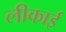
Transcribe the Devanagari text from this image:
लीकाई